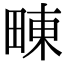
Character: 𤲚